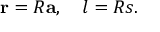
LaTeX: { \bf r } = R { \bf a } , \quad l = R s .